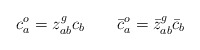
\begin{align*}c_a^o = z^g_{ab} c_b \qquad \bar c_a^o = \bar z ^g_{ab} \bar c_b\end{align*}